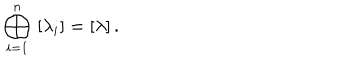
\bigoplus _ { i = 1 } ^ { n } \, \, [ \lambda _ { i } ] = [ \lambda ] \, .